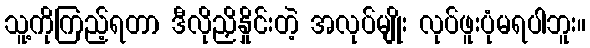
သူ့ကိုကြည့်ရတာ ဒီလိုညှိနှိုင်းတဲ့ အလုပ်မျိုး လုပ်ဖူးပုံမရပါဘူး။